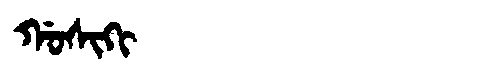
Manchu: ᡤᠣᠰᡳᡴᡳ
Romanization: GOSIKI